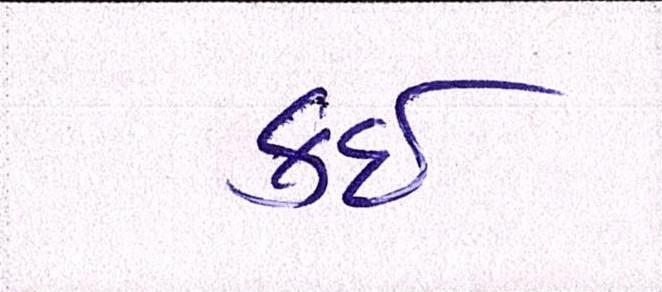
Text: કઇ